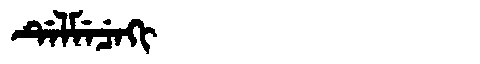
Manchu: ᡩᡝᠯᠮᡝᠴᡝᡴᡳ
Romanization: DELMECEKI